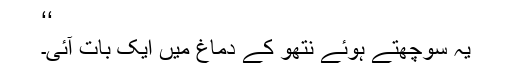
‘‘
یہ سوچھتے ہوئے نتھو کے دماغ میں ایک بات آئی۔